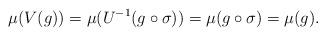
LaTeX: \begin{align*}\mu(V(g))=\mu(U^{-1}(g\circ \sigma))=\mu(g\circ \sigma)=\mu(g). \end{align*}